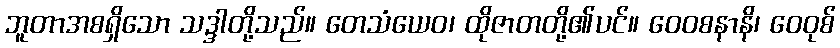
ဘူတာအစရှိသော သဒ္ဒါတို့သည်။ တေသံယေဝ၊ ထိုဇာတတို့၏ပင်။ ဝေဝစနာနိ၊ ဝေဝုစ်